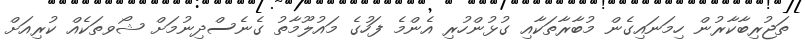
ތަޖުރިބާކާރުން ހިމަނައިގެން މުބާރާތަކާއި ގުޅުންހުރި އެންމެ ފަހުގެ މައުލޫމާތު ގެނެސްދިނުމަށް ޝޯވތަކެއް ކުރިއަށް